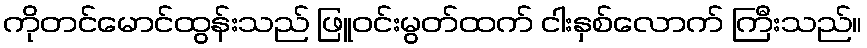
ကိုတင်မောင်ထွန်းသည် ဖြူဝင်းမွတ်ထက် ငါးနှစ်လောက် ကြီးသည်။